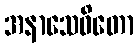
အနာသေဝိတော